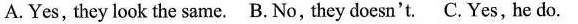
A.Yes, they look the same. B.No, they doesn't. C. Yes, he do.